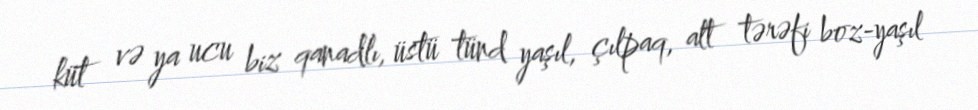
küt və ya ucu biz qanadlı, üstü tünd yaşıl, çılpaq, alt tərəfi boz-yaşıl